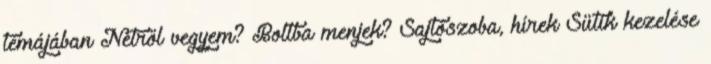
témájában Netről vegyem? Boltba menjek? Sajtószoba, hírek Sütik kezelése